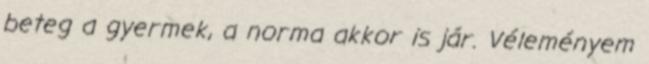
beteg a gyermek, a norma akkor is jár. Véleményem